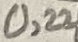
Text: 0,22